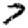
Digit: 7